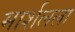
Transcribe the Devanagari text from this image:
मार्शलला